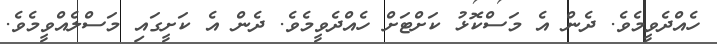
ހެއްދެވީމެވެ. ދެން އެ މަސްކޮޅު ކަށްޓަށް ހެއްދެވީމެވެ. ދެން އެ ކަށީގައި މަސްލެއްވީމެވެ.